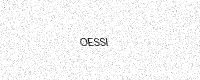
Text: OESSI